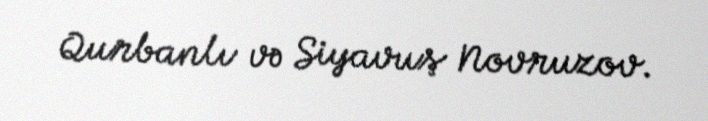
Qurbanlı və Siyavuş Novruzov.